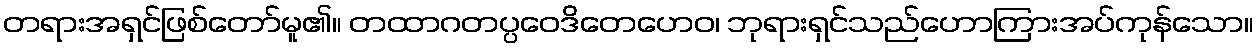
တရားအရှင်ဖြစ်တော်မူ၏။ တထာဂတပ္ပဝေဒိတေဟေဝ၊ ဘုရားရှင်သည်ဟောကြားအပ်ကုန်သော။